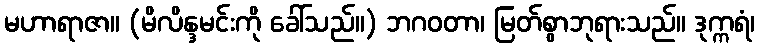
မဟာရာဇာ။ (မိလိန္ဒမင်းကို ခေါ်သည်။) ဘဂဝတာ၊ မြတ်စွာဘုရားသည်။ ဒုက္ကရံ၊